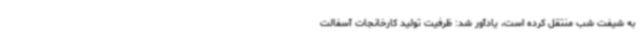
به شیفت شب منتقل کرده است، یادآور شد: ظرفیت تولید کارخانجات آسفالت